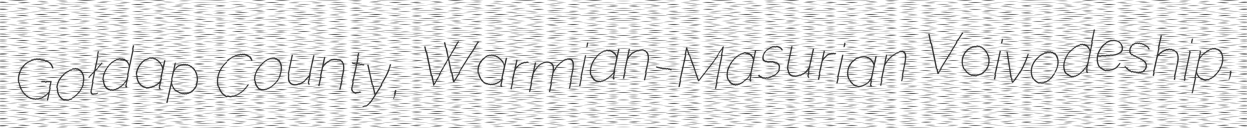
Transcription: Gołdap County, Warmian-Masurian Voivodeship,